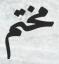
مختم